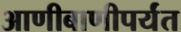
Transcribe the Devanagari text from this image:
आणीबाणीपर्यंत